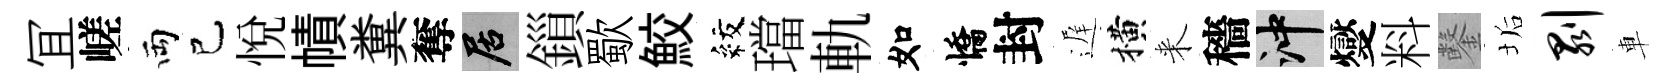
冝嵯両己悦幘糞奪居鎻歜鮫紋璫軌如憍封遅横来穡冲燮料鑿垢剥車